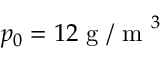
p _ { 0 } = 1 2 \mathrm { ~ g ~ / ~ m ~ } ^ { 3 }